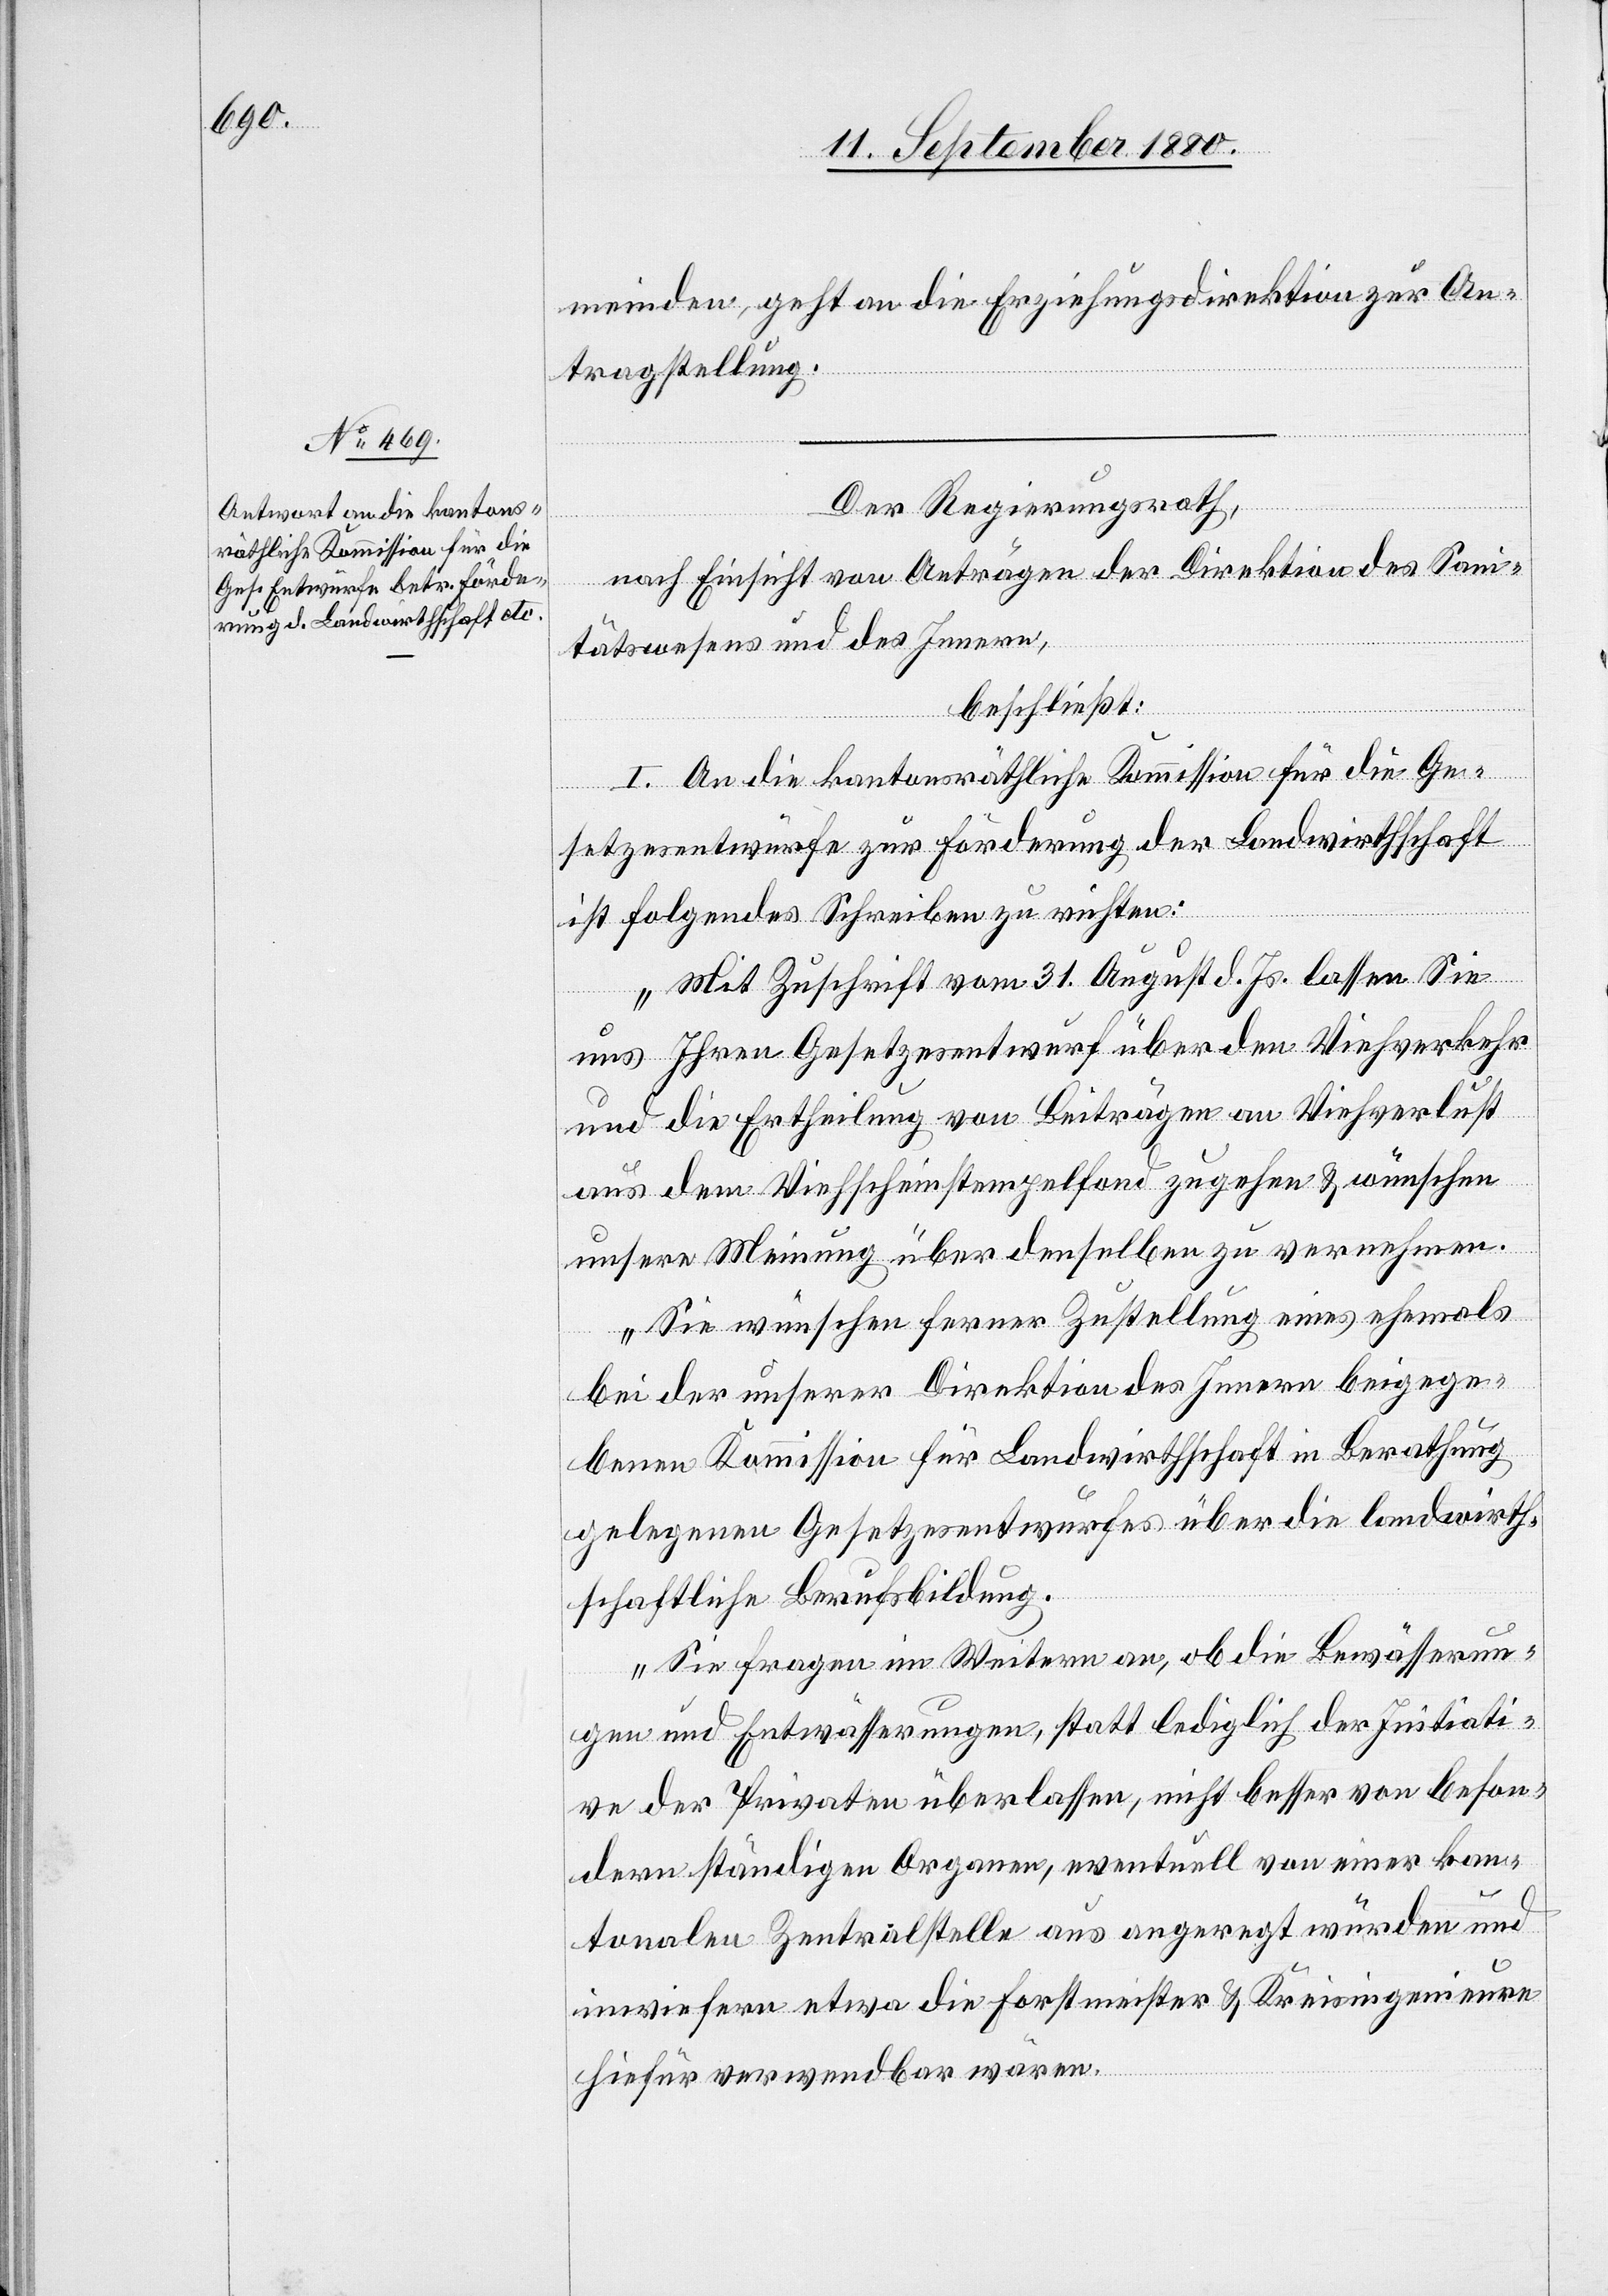
meinden, geht an die Erziehungsdirektion zur An¬
tragstellung.
Der Regierungsrath,
nach Einsicht von Anträgen der Direktion des Sani¬
tätswesens und des Innern,
beschließt:
I. An die kantonsräthliche Kommission für die Ge¬
setzesentwürfe zur Förderung der Landwirthschaft
ist folgendes Schreiben zu richten:
„Mit Zuschrift vom 31. August d. Js. lassen Sie
uns Ihren Gesetzesentwurf über den Viehverkehr
und die Ertheilung von Beiträgen an Viehverlust
aus dem Viehscheinstempelfond zugehen & wünschen
unsere Meinung über denselben zu vernehmen.
Sie wünschen ferner Zustellung eines ehemals
bei der unserer Direktion des Innern beigege¬
benen Kommission für Landwirthschaft in Berathung
gelegenen Gesetzesentwurfes über die landwirth¬
schaftliche Berufsbildung.
Sie fragen im Weitern an, ob die Bewässerun¬
gen und Entwässerungen, statt lediglich der Initiati¬
ve der Privaten überlassen, nicht besser von beson¬
dern ständigen Organen, eventuell von einer kan¬
tonalen Zentralstelle aus angeregt würden und
inwiefern etwa die Forstmeister & Kreisingenieure
hiefür verwendbar wären.